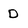
Character: D